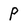
Character: P